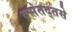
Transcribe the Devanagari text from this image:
वसंतद्तसे